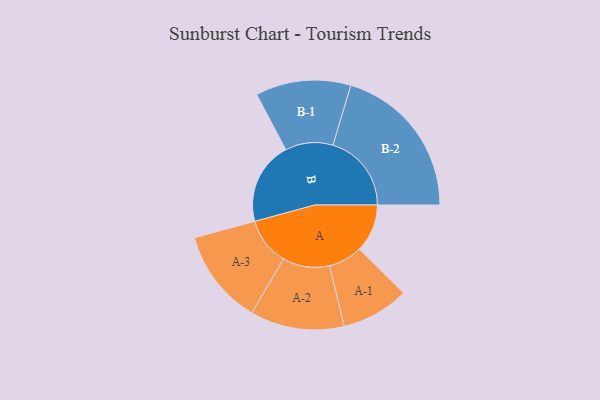
{"axis": {"x": "Segment", "y": "Value"}, "legend": ["", "A", "B"], "data": [{"x": "A", "y": 146, "type": ""}, {"x": "B", "y": 252, "type": ""}, {"x": "A-1", "y": 103, "type": "A"}, {"x": "A-2", "y": 143, "type": "A"}, {"x": "A-3", "y": 145, "type": "A"}, {"x": "B-1", "y": 145, "type": "B"}, {"x": "B-2", "y": 239, "type": "B"}]}